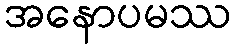
အနောပမဿ